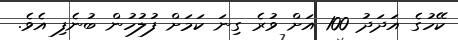
ކޭހުގެ އަދަދު 100 އަށް ވުރެ ގިނަ ކަމަށް ފުލުހުން ބުނެފި އެވެ.